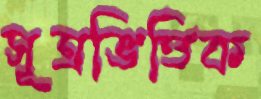
সূত্রভিত্তিক